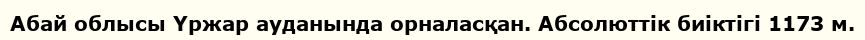
Абай облысы Үржар ауданында орналасқан. Абсолюттік биіктігі 1173 м.